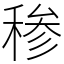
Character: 䅟